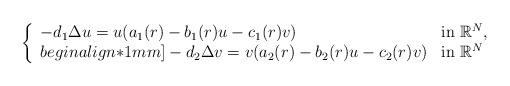
LaTeX: \begin{align*}\left\{\begin{array}{lll}-d_1\Delta u=u(a_1(r)-b_1(r)u-c_1(r)v) & {\rm in \ }\mathbb{R}^N,\\begin{align*}1mm]-d_2\Delta v=v(a_2(r)-b_2(r)u-c_2(r)v)&{\rm in \ }\mathbb{R}^N\end{array}\right.\end{align*}